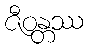
ဇီဝန္တဿ